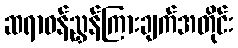
ဆရာဝန်ညွှန်ကြားချက်အတိုင်း